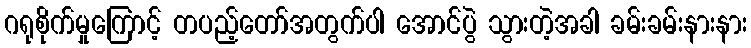
ဂရုစိုက်မှုကြောင့် တပည့်တော်အတွက်ပါ အောင်ပွဲ သွားတဲ့အခါ ခမ်းခမ်းနားနား